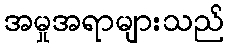
အမှုအရာများသည်